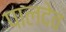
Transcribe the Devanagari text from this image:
पालदेव